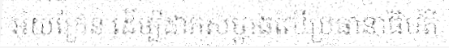
អ៊ុយក្រែន ដើម្បីដាក់សម្ពាធលើប្រធានាធិបតី